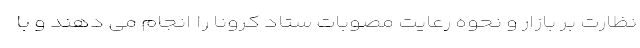
نظارت بر بازار و نحوه رعایت مصوبات ستاد کرونا را انجام می دهند و با